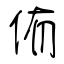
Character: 侑